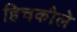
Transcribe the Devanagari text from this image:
हिचकौले